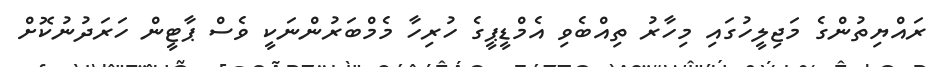
ރައްޔިތުންގެ މަޖިލީހުގައި މިހާރު ތިއްބެވި އެމްޑީޕީގެ ހުރިހާ މެމްބަރުންނަކީ ވެސް ޕާޓީން ހަރަދުނުކޮށް